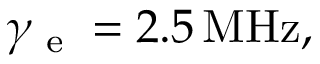
\gamma _ { \textrm { e } } = 2 . 5 \, \mathrm { M H z } ,